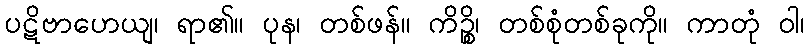
ပဋိဗာဟေယျ၊ ရာ၏။ ပုန၊ တစ်ဖန်။ ကိဉ္စိ၊ တစ်စုံတစ်ခုကို။ ကာတုံ ဝါ၊